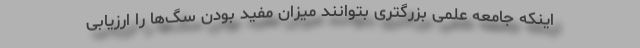
اینکه جامعه علمی بزرگتری بتوانند میزان مفید بودن سگ‌ها را ارزیابی